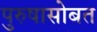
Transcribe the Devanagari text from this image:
पुरुषासोबत